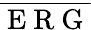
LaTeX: \overline{{\mathrm{~E~R~G~}}}